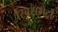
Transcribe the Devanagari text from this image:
स्विसमेट्रो